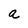
Character: a